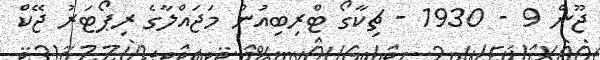
ޖޫން 9 - 1930 - ޗިކާގޯ ޓްރިބިއުން މަޖައްލާގެ ރިޕޯޓަރު ޖޭކް